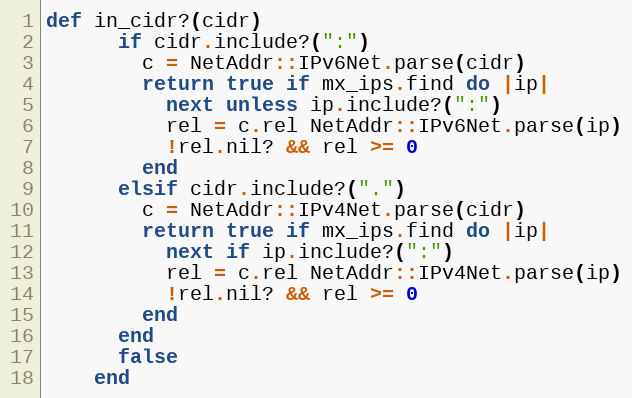
Language: Ruby
def in_cidr?(cidr)
      if cidr.include?(":")
        c = NetAddr::IPv6Net.parse(cidr)
        return true if mx_ips.find do |ip|
          next unless ip.include?(":")
          rel = c.rel NetAddr::IPv6Net.parse(ip)
          !rel.nil? && rel >= 0
        end
      elsif cidr.include?(".")
        c = NetAddr::IPv4Net.parse(cidr)
        return true if mx_ips.find do |ip|
          next if ip.include?(":")
          rel = c.rel NetAddr::IPv4Net.parse(ip)
          !rel.nil? && rel >= 0
        end
      end
      false
    end